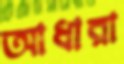
আধারা